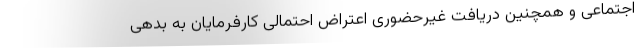
اجتماعی و همچنین دریافت غیرحضوری اعتراض احتمالی کارفرمایان به بدهی